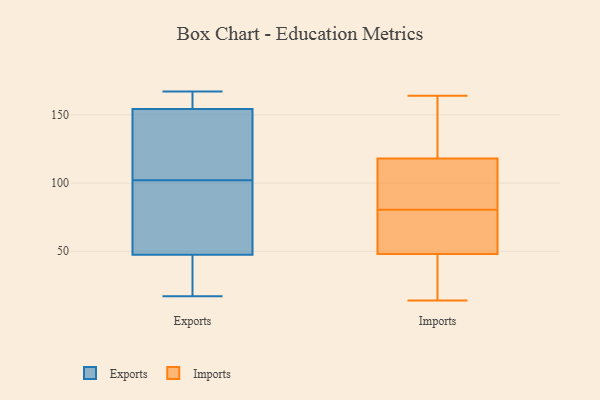
{"axis": {"x": "Website Visitors", "y": "Value"}, "legend": ["Exports", "Imports"], "data": [{"x": "", "y": 49, "type": "Exports"}, {"x": "", "y": 43, "type": "Exports"}, {"x": "", "y": 85, "type": "Exports"}, {"x": "", "y": 107, "type": "Exports"}, {"x": "", "y": 153, "type": "Exports"}, {"x": "", "y": 158, "type": "Exports"}, {"x": "", "y": 167, "type": "Exports"}, {"x": "", "y": 102, "type": "Exports"}, {"x": "", "y": 113, "type": "Exports"}, {"x": "", "y": 20, "type": "Exports"}, {"x": "", "y": 95, "type": "Exports"}, {"x": "", "y": 163, "type": "Exports"}, {"x": "", "y": 17, "type": "Exports"}, {"x": "", "y": 102, "type": "Imports"}, {"x": "", "y": 78, "type": "Imports"}, {"x": "", "y": 157, "type": "Imports"}, {"x": "", "y": 74, "type": "Imports"}, {"x": "", "y": 42, "type": "Imports"}, {"x": "", "y": 14, "type": "Imports"}, {"x": "", "y": 83, "type": "Imports"}, {"x": "", "y": 48, "type": "Imports"}, {"x": "", "y": 134, "type": "Imports"}, {"x": "", "y": 118, "type": "Imports"}, {"x": "", "y": 164, "type": "Imports"}, {"x": "", "y": 117, "type": "Imports"}, {"x": "", "y": 60, "type": "Imports"}, {"x": "", "y": 47, "type": "Imports"}]}